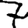
Digit: 7